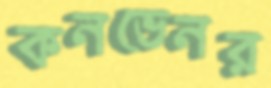
কনভেনর